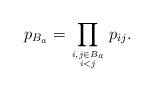
LaTeX: \begin{gather*}p_{B_{a}}= \prod_{i,j \in B_{a} \atop i < j} p_{ij}.\end{gather*}